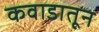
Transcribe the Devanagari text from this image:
कवाडातून